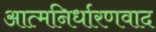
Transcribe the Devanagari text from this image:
आत्मनिर्धारणवाद